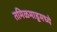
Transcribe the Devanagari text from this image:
तमिळमाडूमध्ये